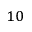
_ { 1 0 }